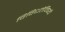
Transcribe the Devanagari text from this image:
विविधतेविषयी